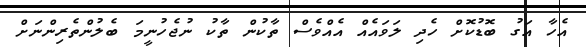
އެހާ އަގު ބޮޑުކޮށް ހެދި ލަވައެއް އެއްވެސް ތާކުން ތާކު ނުޖެހުނީމަ ބެލުންތެރިންނަށް